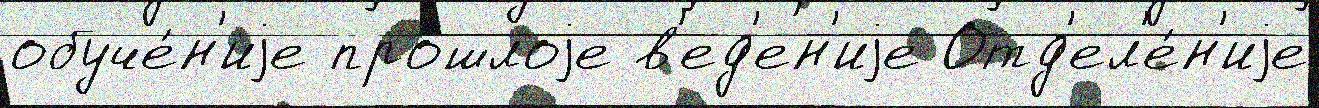
обуче́н'иjе про́шлоjе в'ед'ен'иjе Отд'ел'е́н'иjе